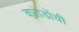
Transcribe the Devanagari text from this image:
करोडोंची